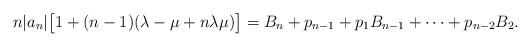
LaTeX: \begin{align*}n|a_n|\big[1+(n-1)(\lambda-\mu+n\lambda\mu)\big]= B_n+p_{n-1}+p_1B_{n-1}+\cdots+p_{n-2}B_2.\end{align*}